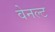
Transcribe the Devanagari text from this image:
वेनल्ट